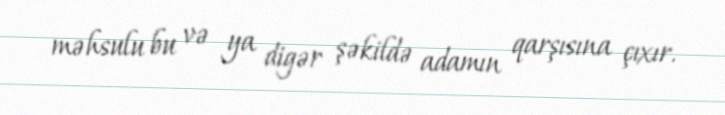
məhsulu bu və ya digər şəkildə adamın qarşısına çıxır.